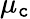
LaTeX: \mu_{\mathtt{c}}